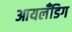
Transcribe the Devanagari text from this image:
आयलँडिग